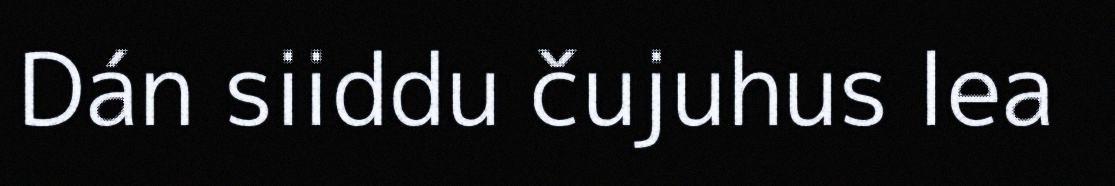
Dán siiddu čujuhus lea